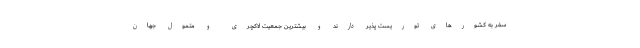
سفر به کشورهای توریست پذیر دارند و بیشترین جمعیت لاکچری و متمول جهان